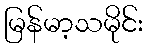
မြန်မာ့သမိုင်း